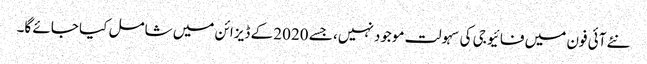
نئے آئی فون میں فائیو جی کی سہولت موجود نہیں، جسے 2020 کے ڈیزائن میں شامل کیا جائے گا۔